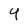
Character: 4